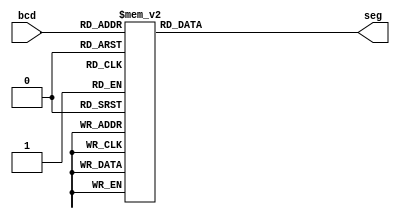
// This program was cloned from: https://github.com/TheSUPERCD/8bit_MicroComputer_Verilog
// License: MIT License

`timescale 1ns / 1ps
module bcd2sevenseg(
    input [3:0] bcd,
    output reg [6:0] seg
    );
always @(bcd)
begin
    case (bcd)
        0 : seg <= 7'b1111110;
        1 : seg <= 7'b0110000;
        2 : seg <= 7'b1101101;
        3 : seg <= 7'b1111001;
        4 : seg <= 7'b0110011;
        5 : seg <= 7'b1011011;
        6 : seg <= 7'b1011111;
        7 : seg <= 7'b1110000;
        8 : seg <= 7'b1111111;
        9 : seg <= 7'b1111011;
        10 : seg <= 7'b1110111;
        11 : seg <= 7'b0011111;
        12 : seg <= 7'b1001110;
        13 : seg <= 7'b0111101;
        14 : seg <= 7'b1001111;
        15 : seg <= 7'b1000111;
        default : seg <= 7'b0000000; 
    endcase
end  
endmodule